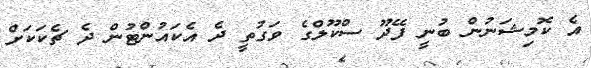
އެ ކޮމިޝަނުން ބުނީ ފޭދޫ ސްކޫލްގެ ވަގުތީ ދެ އެކައުންޓުން ދެ ޗެކަކަށް